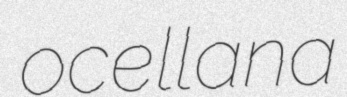
ocellana